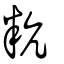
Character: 粇